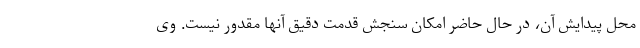
محل پیدایش آن، در حال حاضر امکان سنجش قدمت دقیق آنها مقدور نیست. وی